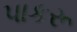
પાકરૂ